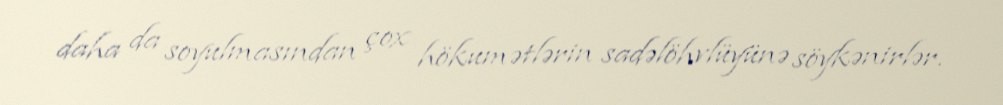
daha da soyulmasından çox hökumətlərin sadəlöhvlüyünə söykənirlər.